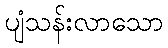
ပျံသန်းလာသော